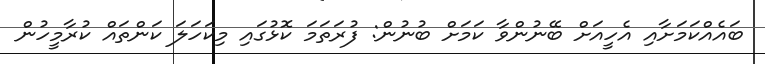
ބައެއްކަމަށާއި އެހީއަށް ބޭނުންވާ ކަމަށް ބުނުން: ފުރަތަމަ ކޮޅުގައި މިކަހަލަ ކަންތައް ކުރާމީހުން